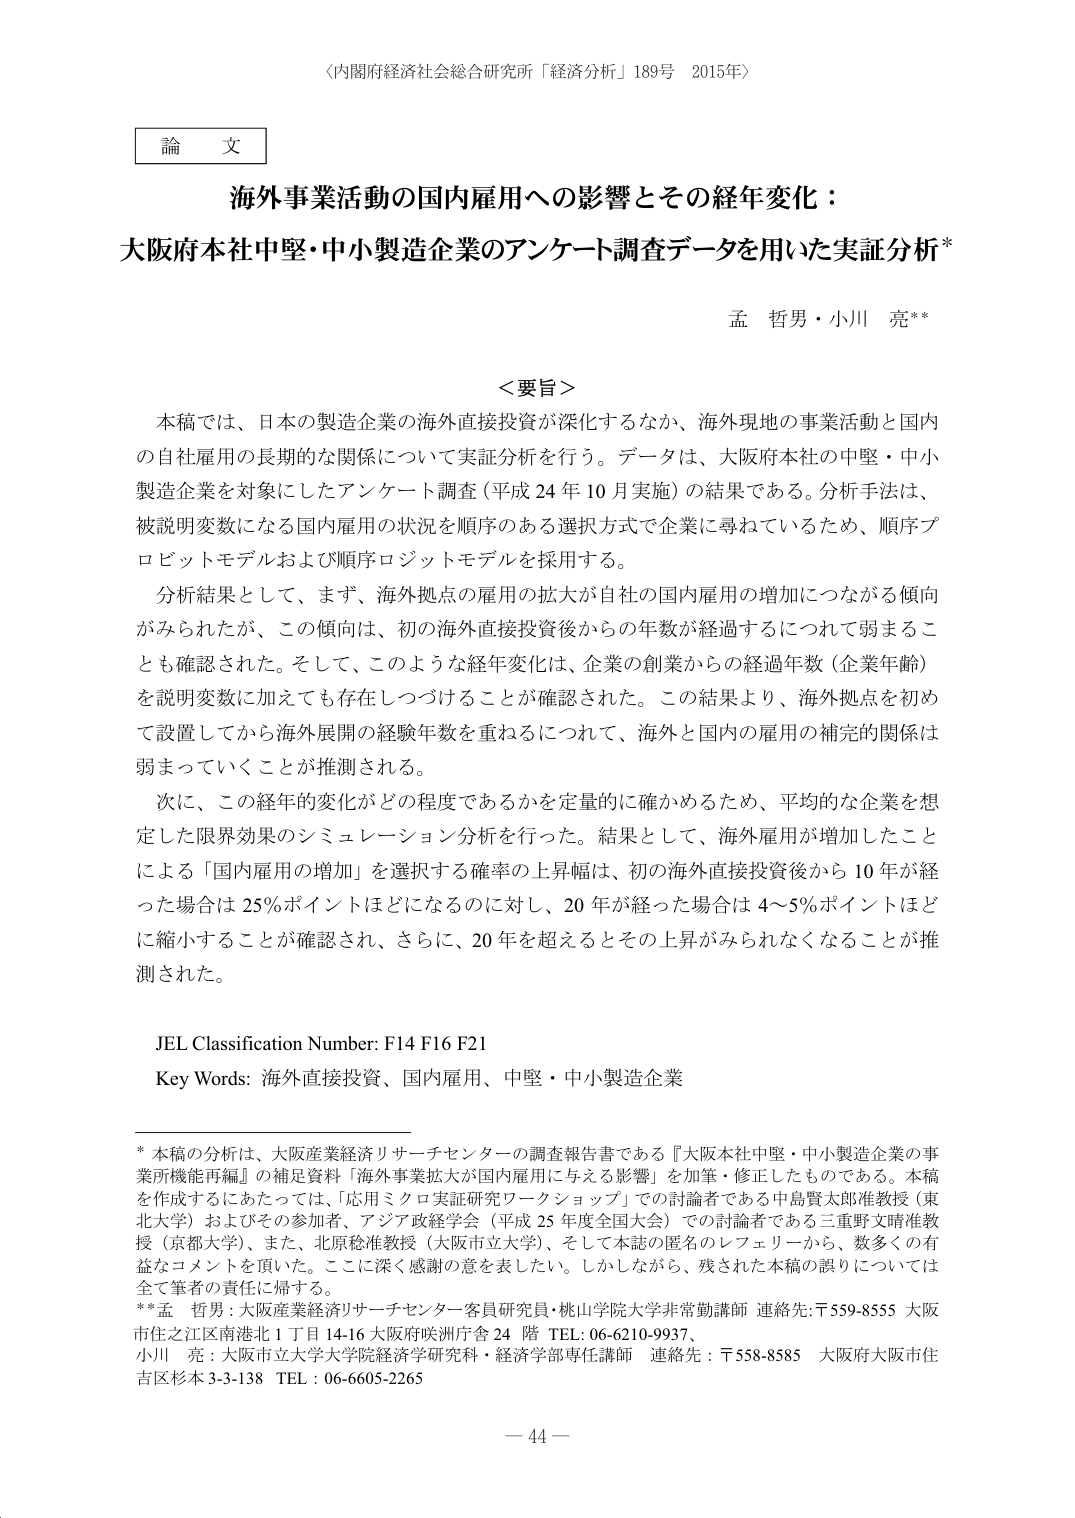
〈内閣府経済社会総合研究所「経済分析」189号 2015年〉

論文

海外事業活動の国内雇用への影響とその経年変化：
大阪府本社中堅・中小製造企業のアンケート調査データを用いた実証分析*

孟 哲男・小川 亮**

＜要旨＞

本稿では、日本の製造企業の海外直接投資が深化するなか、海外現地の事業活動と国内の自社雇用の長期的な関係について実証分析を行う。データは、大阪府本社の中堅・中小製造企業を対象にしたアンケート調査（平成24年10月実施）の結果である。分析手法は、被説明変数になる国内雇用の状況を順序のある選択方式で企業に尋ねているため、順序プロビットモデルおよび順序ロジットモデルを採用する。

分析結果として、まず、海外拠点の雇用の拡大が自社の国内雇用の増加につながる傾向がみられたが、この傾向は、初の海外直接投資後からの年数が経過するにつれて弱まることも確認された。そして、このような経年変化は、企業の創業からの経過年数（企業年齢）を説明変数に加えても存在しつづけることが確認された。この結果より、海外拠点を初めて設置してから海外展開の経験年数を重ねるにつれて、海外と国内の雇用の補完的関係は弱まっていくことが推測される。

次に、この経年的変化がどの程度であるかを定量的に確かめるため、平均的な企業を想定した限界効果のシミュレーション分析を行った。結果として、海外雇用が増加したことによる「国内雇用の増加」を選択する確率の上昇幅は、初の海外直接投資後から10年が経った場合は25％ポイントほどになるのに対し、20年が経った場合は4～5％ポイントほどに縮小することが確認され、さらに、20年を超えるとその上昇がみられなくなることが推測された。

JEL Classification Number: F14 F16 F21
Key Words: 海外直接投資、国内雇用、中堅・中小製造企業

* 本稿の分析は、大阪産業経済リサーチセンターの調査報告書である『大阪本社中堅・中小製造企業の事業所機能再編』の補足資料「海外事業拡大が国内雇用に与える影響」を加筆・修正したものである。本稿を作成するにあたっては、「応用ミクロ実証研究ワークショップ」での討論者である中島賢太郎准教授（東北大学）およびその参加者、アジア政経学会（平成25年度全国大会）での討論者である三重野文晴准教授（京都大学）、また、北原稔准教授（大阪市立大学）、そして本誌の匿名のレフェリーから、数多くの有益なコメントを頂いた。ここに深く感謝の意を表したい。しかしながら、残された本稿の誤りについては全て筆者の責任に帰する。

** 孟 哲男：大阪産業経済リサーチセンター客員研究員・桃山学院大学非常勤講師 連絡先：〒559-8555 大阪市住之江区南港北1丁目14-16大阪府咲洲庁舎24階 TEL: 06-6210-9937、
小川 亮：大阪市立大学大学院経済学研究科・経済学部専任講師 連絡先：〒558-8585 大阪府大阪市住吉区杉本3-3-138 TEL: 06-6605-2265

－ 44 －